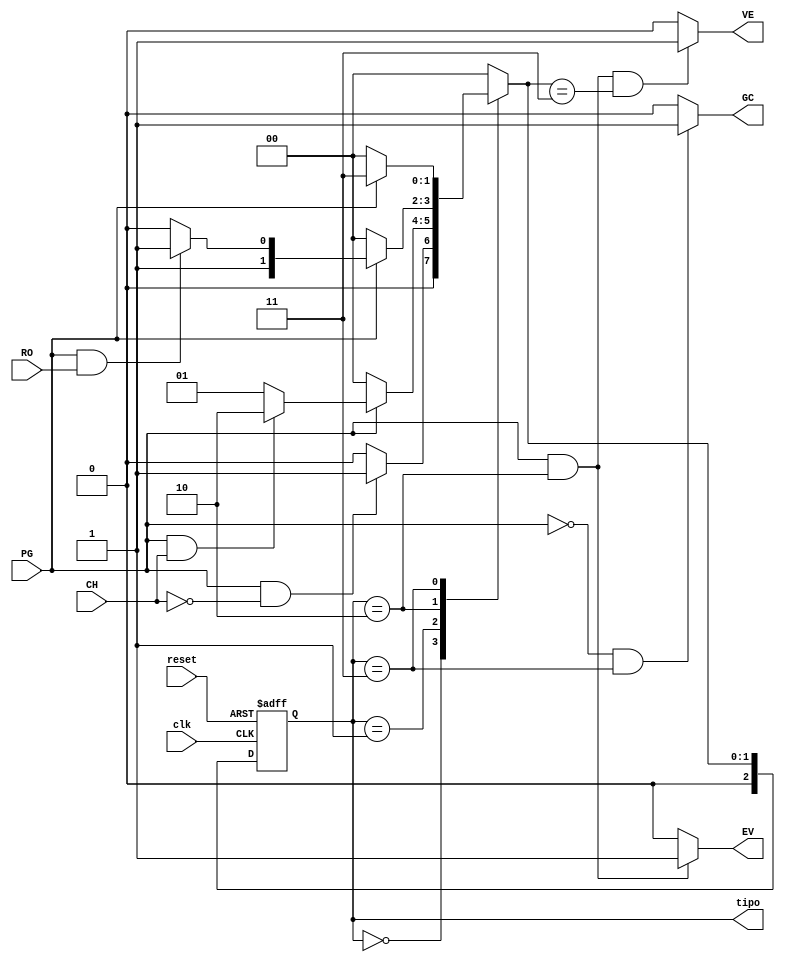
module maq_enc_veda (
    input clk,       // Sinal de clock
    input reset,   // Sinal de reset ativo baixo
    input PG, CH, RO,
    output GC,        // Sada Garrafa completa
    output EV,        // Sada vlvula de enchimento
    output VE,         // Sada vlvula de vedao
	 output [2:0] tipo
);

// Parmetros de estados
parameter SEM_GARRAFA = 3'b000;
parameter GARRAFA_VAZIA = 3'b001;
parameter GARRAFA_CHEIA = 3'b010;
parameter GARRAFA_CHEIA_VEDADA = 3'b011;

// Declarao de estados
reg [2:0] current_state, next_state;

// Lgica de estado

always @ ( posedge clk , posedge
reset ) begin
    if (reset) begin
        current_state <= SEM_GARRAFA; // Estado inicial
    end 
	 else begin
        current_state <= next_state; // Atualiza o estado atual
    end
end


// Prximo estado
always @* begin
    case (current_state)
        SEM_GARRAFA: begin
            if (PG && !CH) begin
                next_state = GARRAFA_VAZIA;
            end else begin
                next_state = SEM_GARRAFA;
            end
        end
        
        GARRAFA_VAZIA: begin
            if (!PG) begin
                next_state = SEM_GARRAFA;
            end else if (PG && CH) begin
                next_state = GARRAFA_CHEIA;
            end else begin
                next_state = GARRAFA_VAZIA;
            end
        end
        
        GARRAFA_CHEIA: begin
            if (!PG) begin
                next_state = SEM_GARRAFA;
            end else if (PG && RO ) begin
                next_state = GARRAFA_CHEIA_VEDADA;
            end else begin
                next_state = GARRAFA_CHEIA;
            end
        end
        
        GARRAFA_CHEIA_VEDADA: begin
            if (!PG) begin
                next_state = SEM_GARRAFA;
            end else begin
                next_state = GARRAFA_CHEIA_VEDADA;
            end
        end
		  default: next_state = SEM_GARRAFA;
    endcase
end

// Sadas GC, EV e VE
assign GC = (!PG && current_state == GARRAFA_CHEIA_VEDADA) ? 1 : 0;
assign EV = (PG && current_state == GARRAFA_CHEIA) ? 1 : 0;
assign VE = (PG && current_state == GARRAFA_CHEIA && next_state == GARRAFA_CHEIA_VEDADA) ? 1 : 0;
assign tipo = current_state;

endmodule